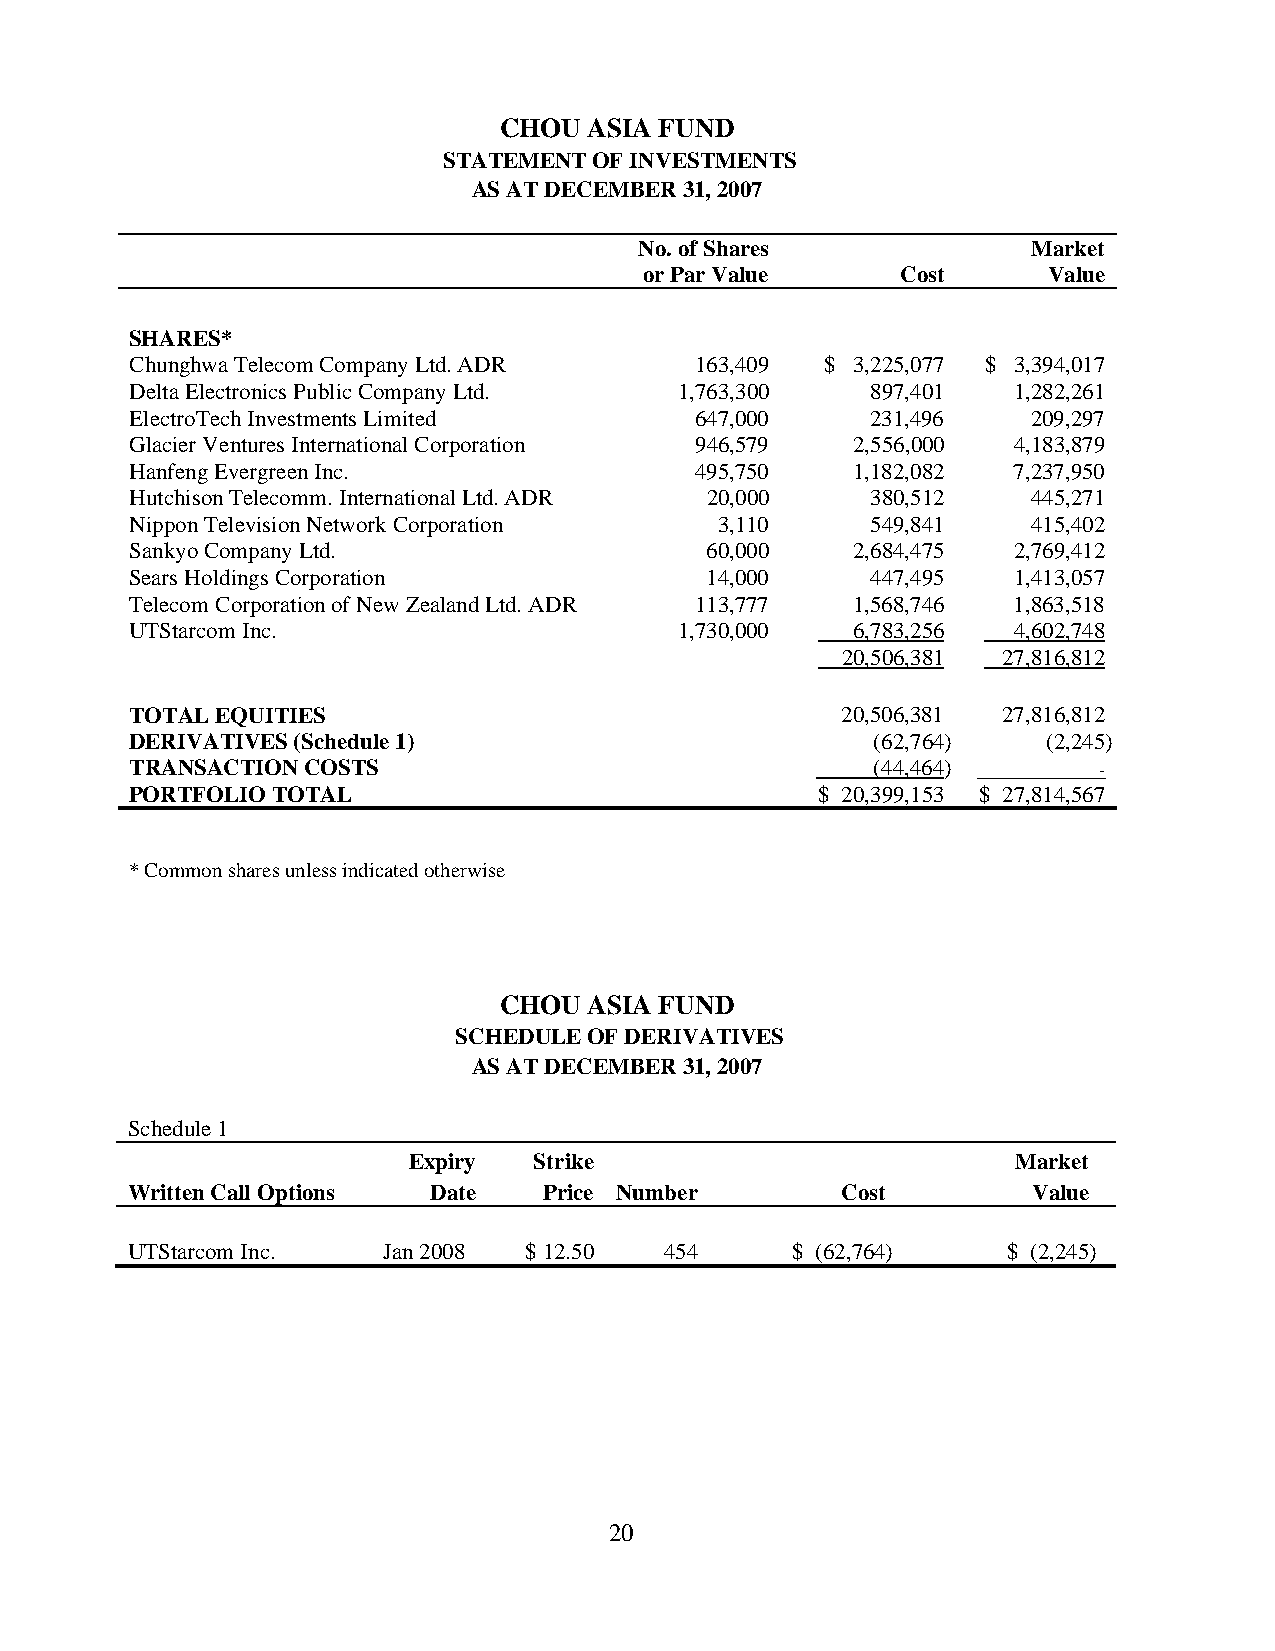
CHOU  ASIA FUND
 STATEMENT OF INVESTMENTS
 AS AT DECEMBER 31, 2007
 No. of Shares             Market
 or Par Value     Cost     Value
 SHARES*
 Chunghwa Telecom Company Ltd. ADR    163,409  $ 3,225,077 $ 3,394,017
 Delta Electronics Public Company Ltd. 1,763,300  897,401  1,282,261
 ElectroTech Investments Limited      647,000     231,496   209,297
 Glacier Ventures International Corporation 946,579 2,556,000 4,183,879
 Hanfeng Evergreen Inc.               495,750   1,182,082  7,237,950
 Hutchison Telecomm. International Ltd. ADR 20,000 380,512  445,271
 Nippon Television Network Corporation  3,110     549,841   415,402
 Sankyo Company Ltd.                   60,000   2,684,475  2,769,412
 Sears Holdings Corporation            14,000     447,495  1,413,057
 Telecom Corporation of New Zealand Ltd. ADR 113,777 1,568,746 1,863,518
 UTStarcom Inc.                      1,730,000  6,783,256  4,602,748
 20,506,381 27,816,812
 TOTAL EQUITIES                                 20,506,381 27,816,812
 DERIVATIVES (Schedule 1)                         (62,764)   (2,245)
 TRANSACTION COSTS                                (44,464)       -
 PORTFOLIO TOTAL                              $ 20,399,153 $ 27,814,567
 * Common shares unless indicated otherwise
 CHOU  ASIA FUND
 SCHEDULE OF DERIVATIVES
 AS AT DECEMBER 31, 2007
 Schedule 1
 Expiry  Strike                          Market
 Written Call Options Date   Price Number        Cost        Value
 UTStarcom Inc.   Jan 2008  $ 12.50  454     $ (62,764)     $ (2,245)
 20